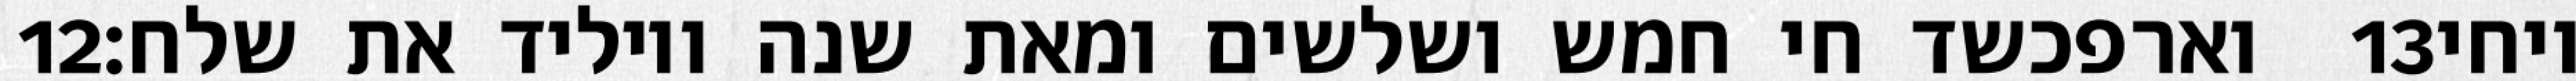
‎12‏ וארפכשד חי חמש ושלשים ומאת שנה ויוליד את שלח׃ ‎13‏ ויחי